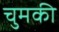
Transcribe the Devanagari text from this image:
चुमकी